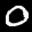
Label: 0